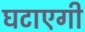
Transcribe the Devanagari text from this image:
घटाएगी